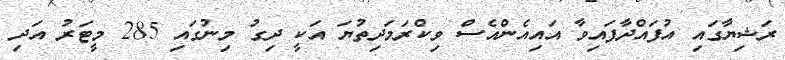
ރަޝިޔާގައި އުފައްދާފައިވާ އައިއެންއެސް ވިކްރަމަދިތުޔަ އަކީ ދިގު މިނުގައި 285 މީޓަރު އަދި